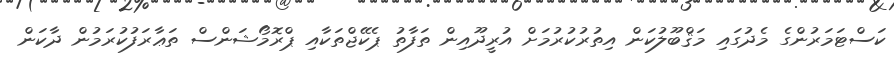
ކަސްޓަމަރުންގެ މެދުގައި މަޤްބޫލުކަން އިތުރުކުރުމަށް އުރީދޫއިން ތަފާތު ޕެކޭޖްތަކާއި ޕްރޮމޯޝަންސް ތަޢާރަފުކުރަމުން ދާކަން